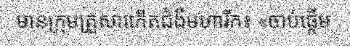
មានក្រុមគ្រួសារកើតជំងឺមហារីក៖ «ចាប់ផ្តើម